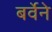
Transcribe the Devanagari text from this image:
बर्वेने